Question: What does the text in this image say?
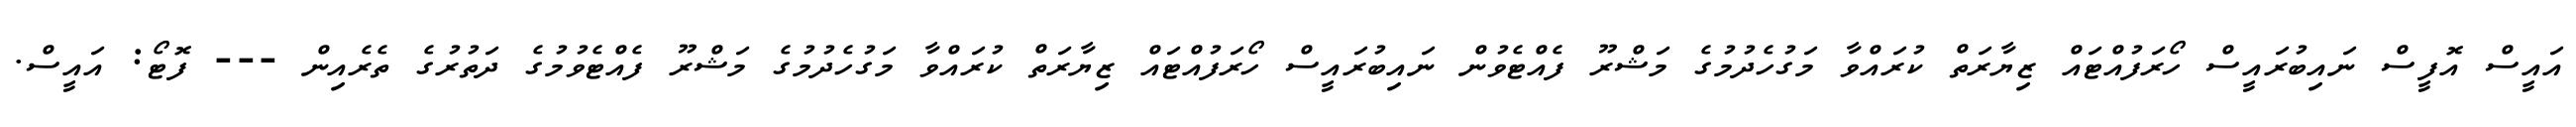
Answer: އައީސް އޮފީސް ނައިބުރައީސް ހޯރަފުއްޓައް ޒިޔާރަތް ކުރައްވާ މަގުހެދުމުގެ މަޝްރޫ ފެއްޓެވުން ނައިބުރައީސް ހޯރަފުއްޓައް ޒިޔާރަތް ކުރައްވާ މަގުހެދުމުގެ މަޝްރޫ ފެއްޓެވުމުގެ ދަތުރުގެ ތެރެއިން --- ފޮޓޯ: އައީސް.